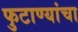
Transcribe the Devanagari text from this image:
फुटाण्यांचा